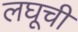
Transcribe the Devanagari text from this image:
लघूची